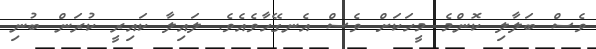
ވެސް ބަލާލި ކޮންމެ މީހަކަށް ވެސް އެނގޭހާވެއެވެ. ލައިލާ ކައިރީ ކުރަން ބުނި